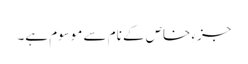
جزءِ خاص کے نام سے موسوم ہے۔